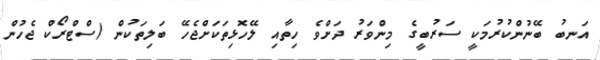
އަނބު ބޭނުންކުރުމަކީ ސަރުބީގެ މިންވަރު ދަށްވެ ހިތާއި ލޭހޮޅިތަކަށްޖެހޭ ބަލިތަކުން (ސްޓްރޯކް ޖެހުން